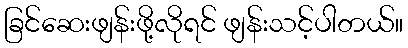
ခြင်ဆေးဖျန်းဖို့လိုရင် ဖျန်းသင့်ပါတယ်။